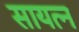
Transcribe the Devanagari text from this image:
सायत्न